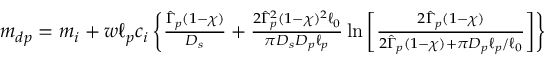
\begin{array} { r } { m _ { d p } = m _ { i } + w \ell _ { p } c _ { i } \left\{ \frac { \hat { \Gamma } _ { p } ( 1 - \chi ) } { D _ { s } } + \frac { 2 \hat { \Gamma } _ { p } ^ { 2 } ( 1 - \chi ) ^ { 2 } \ell _ { 0 } } { \pi D _ { s } D _ { p } \ell _ { p } } \ln \left[ \frac { 2 \hat { \Gamma } _ { p } ( 1 - \chi ) } { 2 \hat { \Gamma } _ { p } ( 1 - \chi ) + \pi D _ { p } \ell _ { p } / \ell _ { 0 } } \right] \right\} } \end{array}